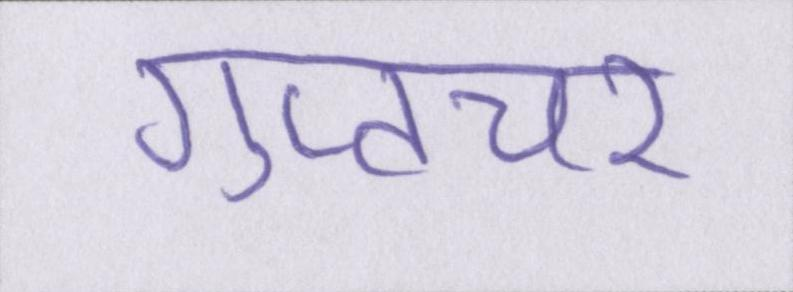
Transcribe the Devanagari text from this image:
गुप्तचर